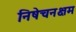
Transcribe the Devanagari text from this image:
निषेचनक्षम